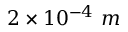
2 \times 1 0 ^ { - 4 } ~ m